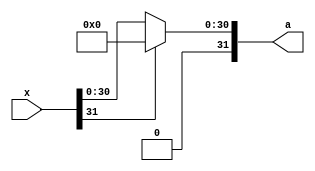
`timescale 1ns / 1ps
//////////////////////////////////////////////////////////////////////////////////
// Company: 
// Engineer: 
// 
// Design Name: 
// Module Name: relu
// Project Name: 
// Target Devices: 
// Tool Versions: 
// Description: 
// 
// Dependencies: 
// 
// Revision:
// Revision 0.01 - File Created
// Additional Comments:
// 
//////////////////////////////////////////////////////////////////////////////////


module relu(x,a);
  input [0:31]x;
  output reg [0:31]a;
  always @(*)begin
    if(x[0]==1'b0)
      a =x;
    else a = 32'b0;
  end
endmodule